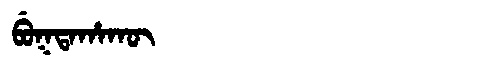
Manchu: ᠪᡠᡴᡨᠠᡥᠠᡴᡡ
Romanization: BUKTAHAKŪ